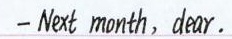
—Next month，dear.